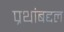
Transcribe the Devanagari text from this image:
प्रथांबद्दल